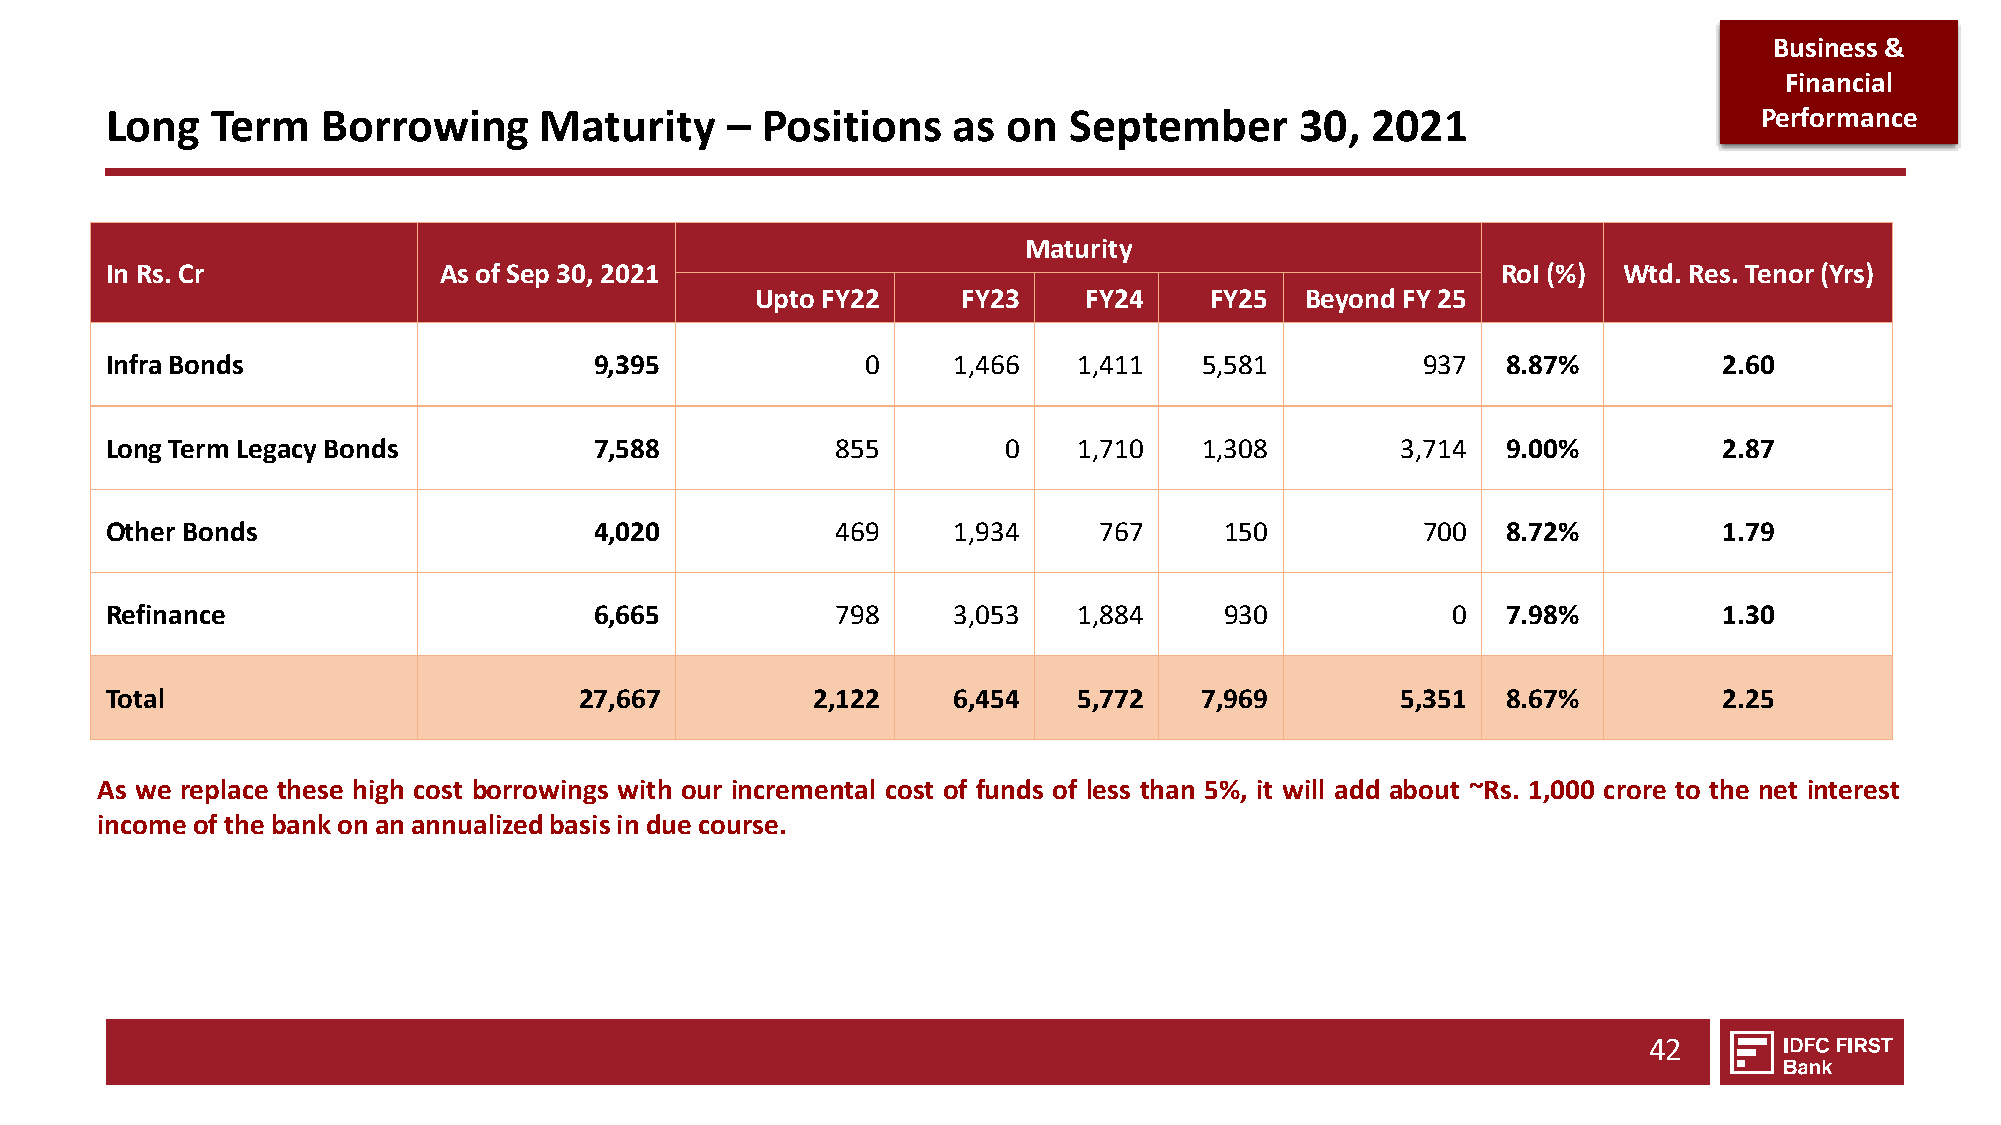
Business &
 Financial
 Long   Term   Borrowing      Maturity    – Positions    as  on  September      30,  2021                      Performance
 Maturity
 In Rs. Cr             As of Sep 30, 2021                                                    RoI(%)  Wtd. Res. Tenor (Yrs)
 UptoFY22      FY23    FY24    FY25  Beyond FY 25
 Infra Bonds                     9,395             0     1,466   1,411    5,581         937   8.87%         2.60
 Long Term Legacy Bonds          7,588           855        0    1,710    1,308        3,714  9.00%         2.87
 Other Bonds                     4,020           469     1,934     767     150          700   8.72%         1.79
 Refinance                       6,665           798     3,053   1,884     930            0   7.98%         1.30
 Total                          27,667          2,122    6,454   5,772    7,969        5,351  8.67%         2.25
 As we replace these high cost borrowings with our incremental cost of funds of less than 5%, it will add about ~Rs. 1,000 crore to the net interest
 income of thebankon an annualizedbasisin due course.
 42